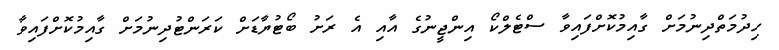
ހިދުމަތްދިނުމަށް ގާއިމުކޮށްފައިވާ ސްޓެލްކޯ އިންޖީނުގެ އާއި އެ ރަށު ބޯޓުޔާޑަށް ކަރަންޓުދިނުމަށް ގާއިމުކޮށްފައިވާ